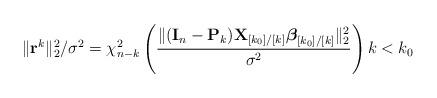
LaTeX: \begin{align*}\|{\bf r}^k\|_2^2/\sigma^2=\chi^2_{n-k}\left(\dfrac{\|({\bf I}_n-{\bf P}_k){\bf X}_{[k_0]/[k]}\boldsymbol{\beta}_{[k_0]/[k]}\|_2^2}{\sigma^2}\right) k<k_0\end{align*}